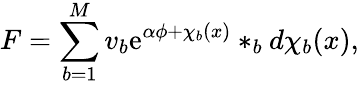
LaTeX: F=\sum_{b=1}^{M}v_{b}\mathrm{e}^{\alpha\phi+\chi_{b}(x)}\ast_{b}d\chi_{b}(x),